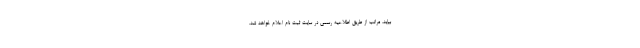
بیاید، مراتب از طریق اطلاعیه رسمی در سایت ثبت نام اعلام خواهد شد.